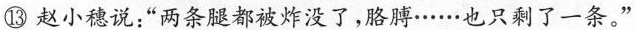
⑬赵小穗说:“两条腿都被炸没了,胳膊……也只剩了一条。"